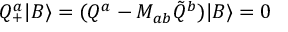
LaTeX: Q _ { + } ^ { a } | B \rangle = ( Q ^ { a } - M _ { a b } \tilde { Q } ^ { b } ) | B \rangle = 0